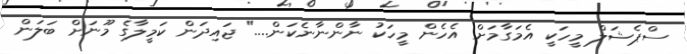
ސްޕެޝަލް މީހަކީ އެމަގާމަށް އެހެން މީހަކު ނާންނާނެކަން...." ޖައިދަން ކަމީލާގެ މޫނަށް ބަލަން